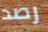
رصد